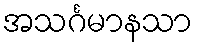
အသင်္ဂမာနသာ